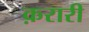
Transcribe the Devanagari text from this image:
क़रारी